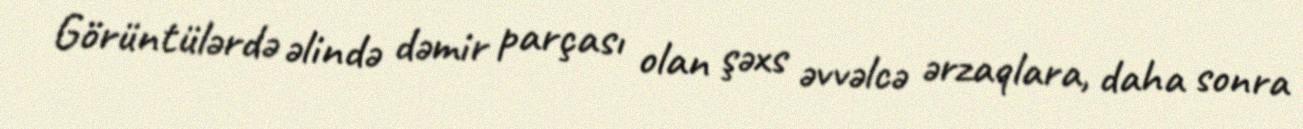
Görüntülərdə əlində dəmir parçası olan şəxs əvvəlcə ərzaqlara, daha sonra